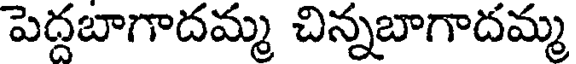
పెద్దబాగాదమ్మ చిన్నబాగాదమ్మ